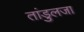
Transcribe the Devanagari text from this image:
तांडुलजा